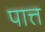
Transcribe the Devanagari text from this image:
पात्त